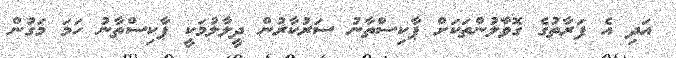
އަދި އެ ފަރާތުގެ ގޮވާލުންތަކަށް ޕާކިސްތާނު ސަރުކާރުން ދީލާލުމަކީ ޕާކިސްތާނު ހަމަ މަގުން